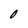
Character: O